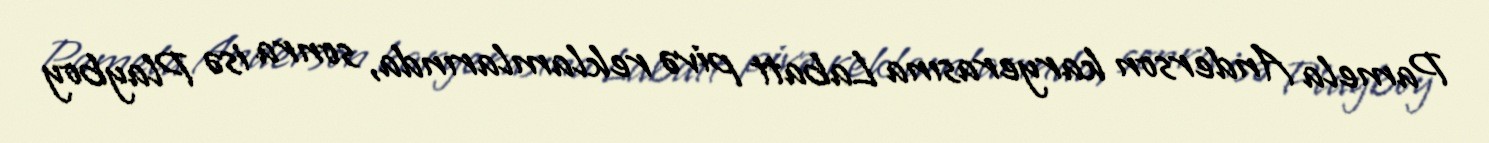
Pamela Anderson karyerasına Labatt pivə reklamlarında, sonra isə Playboy